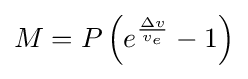
M=P\left(e^{\frac {\Delta v}{v_{e}}}-1\right)